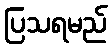
ပြသရမည်